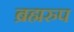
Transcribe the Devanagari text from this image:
ब्रह्मरुप